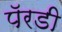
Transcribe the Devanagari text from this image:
पॅरडी